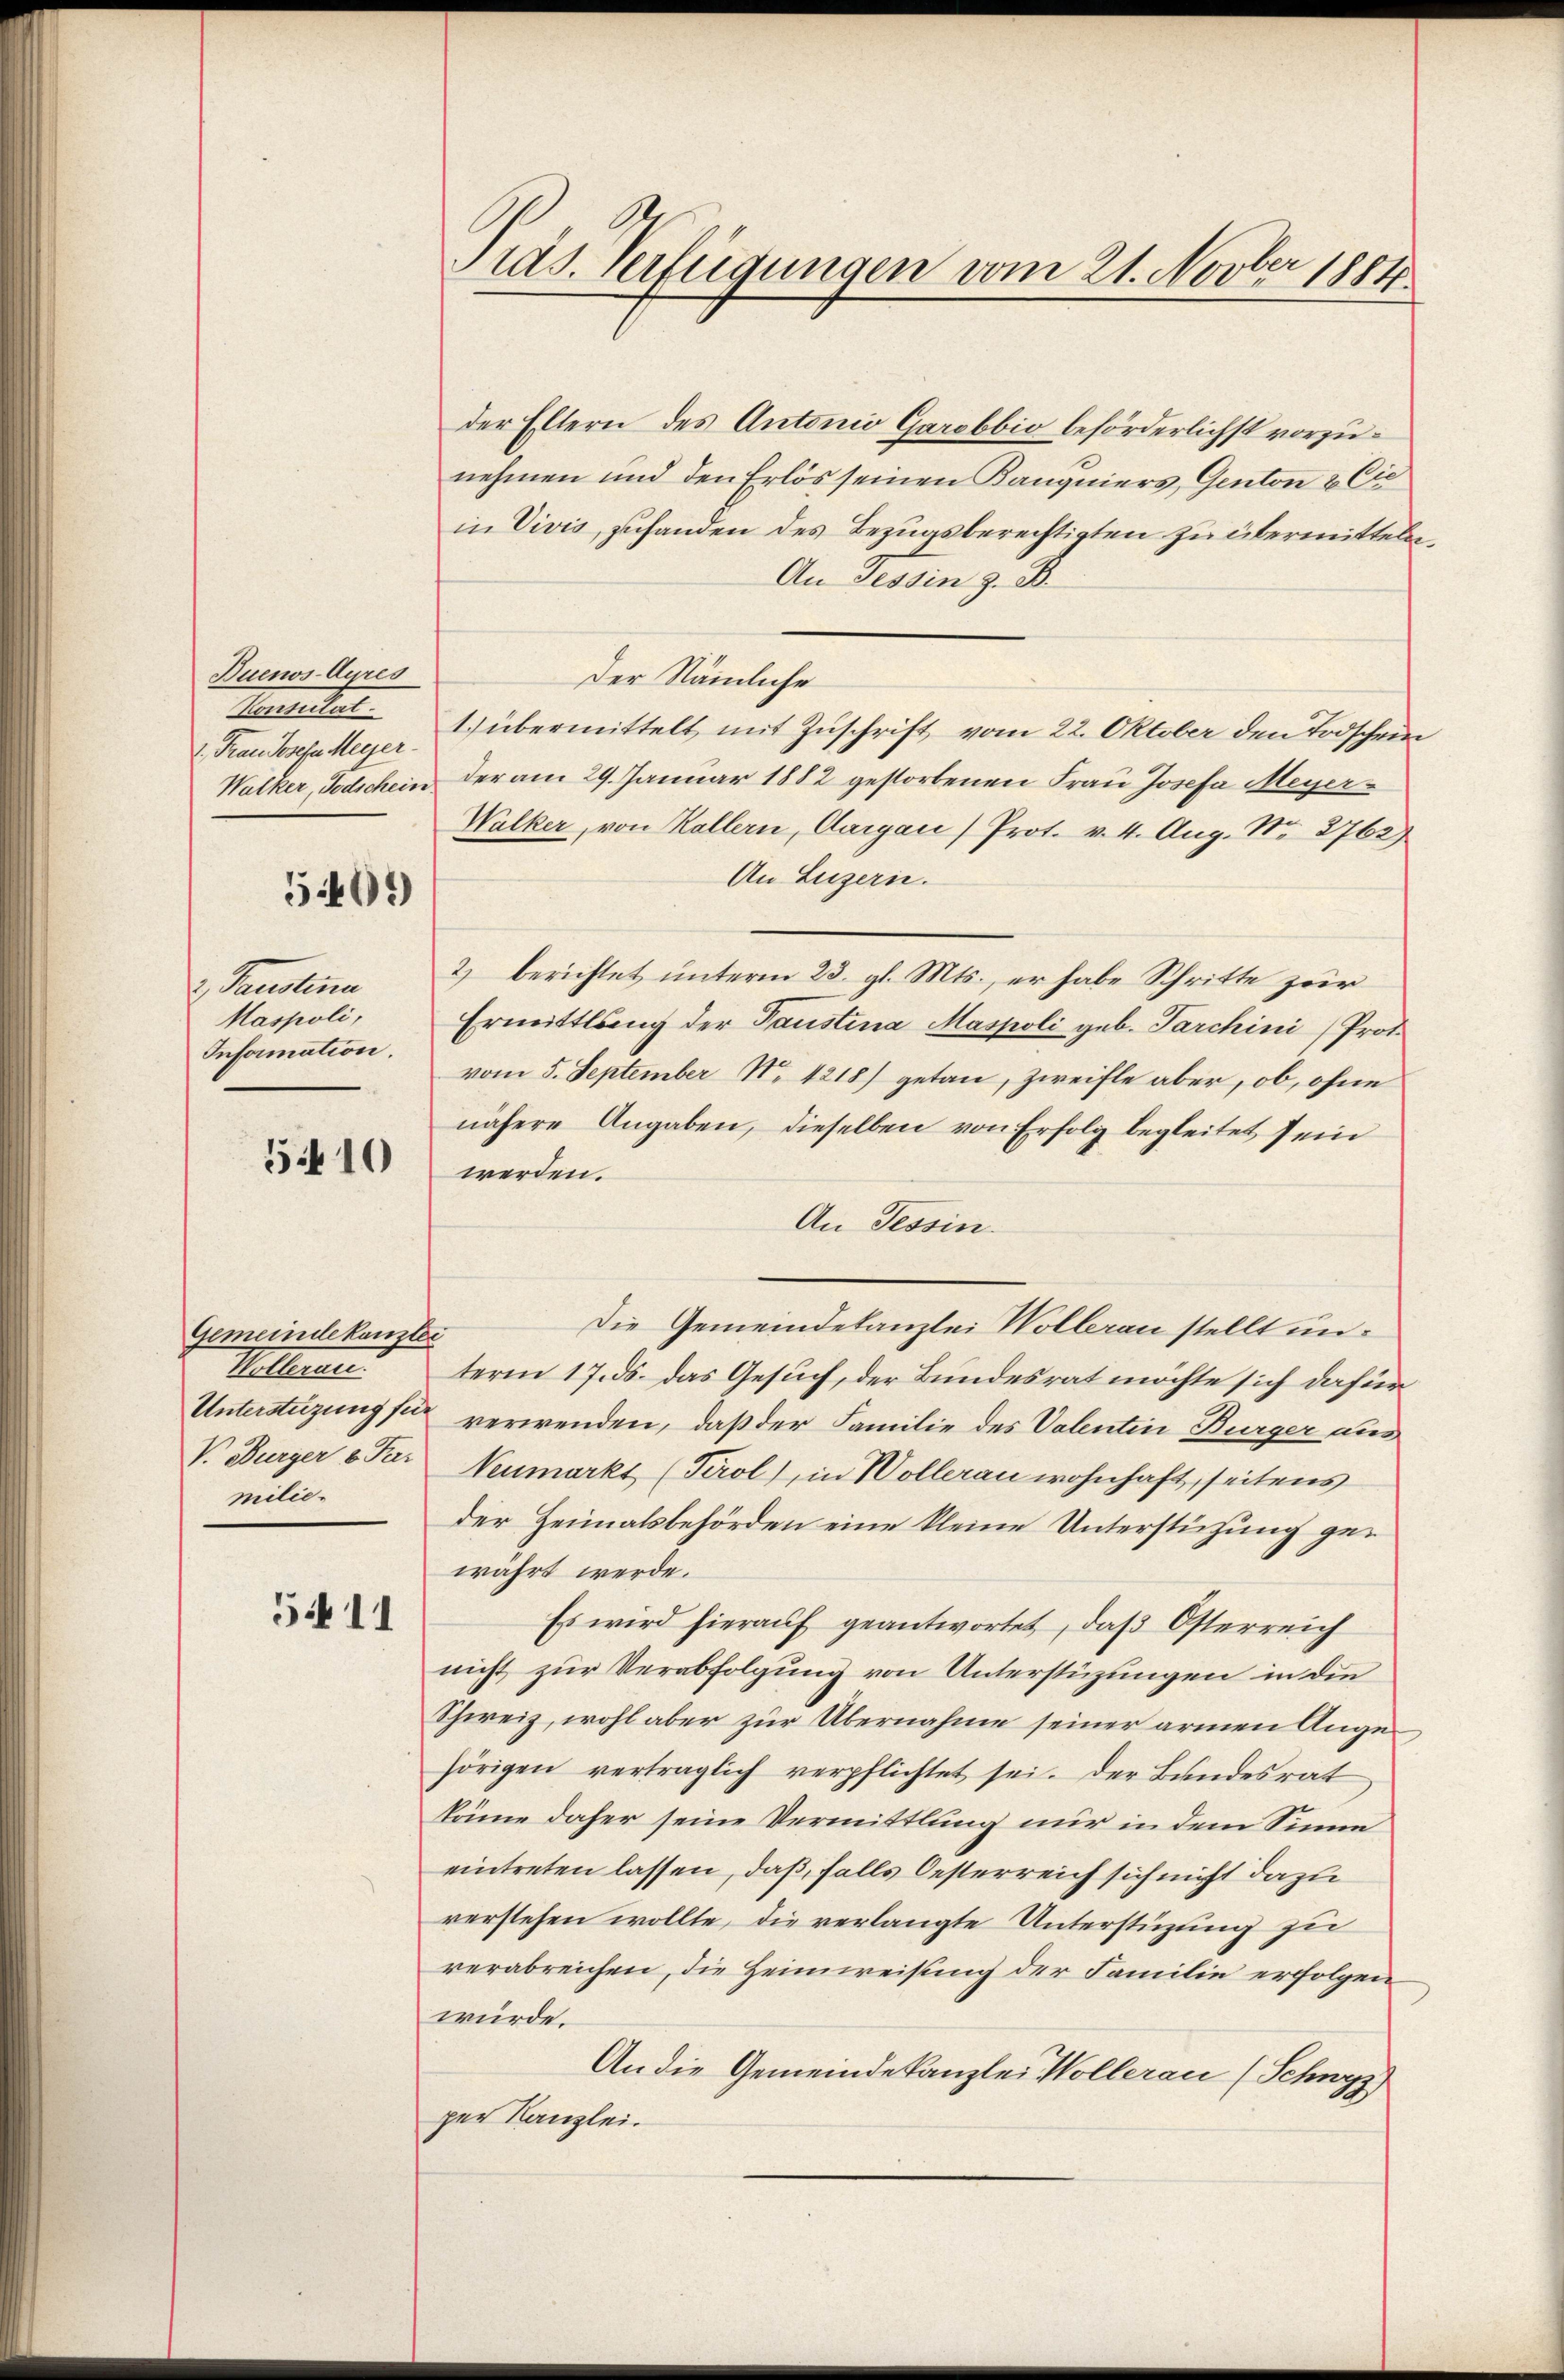
Buenos-Ayres
Konsulat

5401)

Paulina
Maspoli,
Information.

5410

Gemeindekanzlei
Walterner
milie.

5411

der Eltern des Antonio Garobbio beförderlichst vorzunehmen und den Erlös seinen Kangniers, Genton & Cie
in Divis, zufanden des Bezugsberechtigten zu übermitteln,
An Tessin z. B.
Der Nämliche
1. Frau Josefa Meyer übermittelt mit Zŭschrift vom 22. Oktober den Todschein
Walker, Jodschein der am 29. Januar 1882 gestorbenen Frau Josefa Meyer¬
Walker, von Kollern, Aargau) Prot. v. 4. Aug. Nr. 2762)
An Luzern.
2) berichtet unterm 23. gl. Mts., er habe Schritte zur
Ermittlung der Paustina Maspoli geb. Parchini Prot.
vom 5. September No. 4218) getan, zweifle aber, ob, ohne
nähere Angaben, dieselben von Erfolg begleitet sein
werden.
An Tessin.
Die Gemeindekanzlei Wollerau stellt unterm 17. ds. das Gesuch, der Bundesrat möchte sich dafür
Unterstüzung sie verwenden, daß der Familie des Valentin Bürger aus
V. Burger v. Par Neumarkt (Tirol, in Wolleran wohnhaft, seitens
der Heimatsbehörden eine kleine Unterstützung gewährt werde.
Es wird hierauf geantwortet, daß Osterreich
nicht zur Verabfolgung von Unterstüzungen in die
Schweiz, wohl aber zur Übernahme seiner armen Angehörigen verträglich verpflichtet sei. Der Bundesrat
könne daher seine Vermittlung nur in dem Sinne
eintreten lassen, daß, falls Oesterreich sich nicht dazu
verstehen wollte, die verlangte Unterstüzung zu
verabreichen, die Heimweisung der Familie erfolgen
würde.
An die Gemeinde Kanzlei Wollerau (Schwyz)
per Kanzlei.

Pras. Verfügungen vom 21. Novber 1884